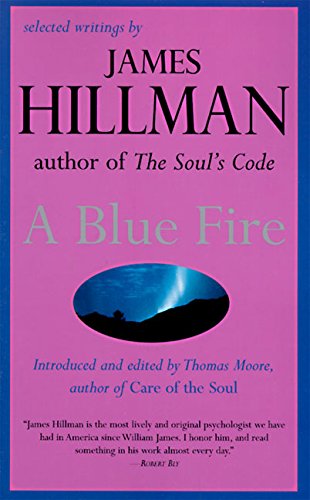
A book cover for A Blue Fire; James Hillman; Science & Math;